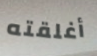
أغلقته